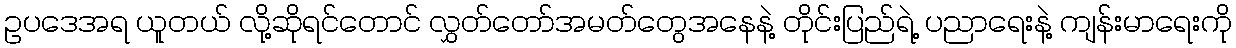
ဥပဒေအရ ယူတယ် လို့ဆိုရင်တောင် လွှတ်တော်အမတ်တွေအနေနဲ့ တိုင်းပြည်ရဲ့ ပညာရေးနဲ့ ကျန်းမာရေးကို